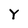
Character: Y